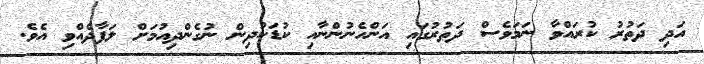
އަދި ދަތުރު ކުރައްވާ ނަމަވެސް ދަތުރުގައި އަންހެނުންނާއި ކުޑަކުދިން ނުގެންދިއުމަށް ލަފާދެއްވި އެވެ.